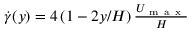
\begin{array} { r } { \dot { \gamma } ( y ) = 4 \left( 1 - 2 y / H \right) \frac { U _ { \mathrm { ~ m ~ a ~ x ~ } } } { H } } \end{array}